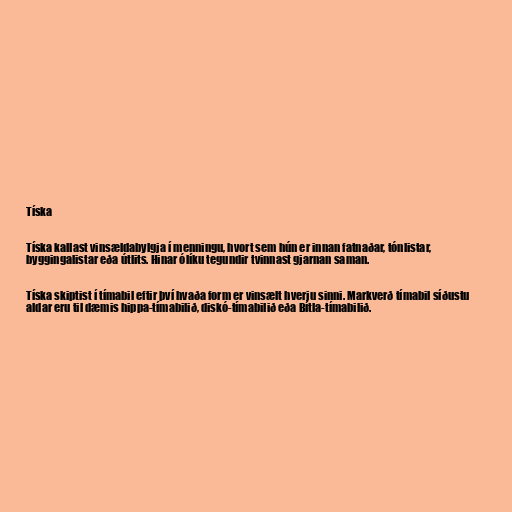
Tíska

Tíska kallast vinsældabylgja í menningu, hvort sem hún er innan fatnaðar, tónlistar,
byggingalistar eða útlits. Hinar ólíku tegundir tvinnast gjarnan saman.

Tíska skiptist í tímabil eftir því hvaða form er vinsælt hverju sinni. Markverð tímabil síðustu
aldar eru til dæmis hippa-tímabilið, diskó-tímabilið eða Bítla-tímabilið.